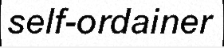
self-ordainer